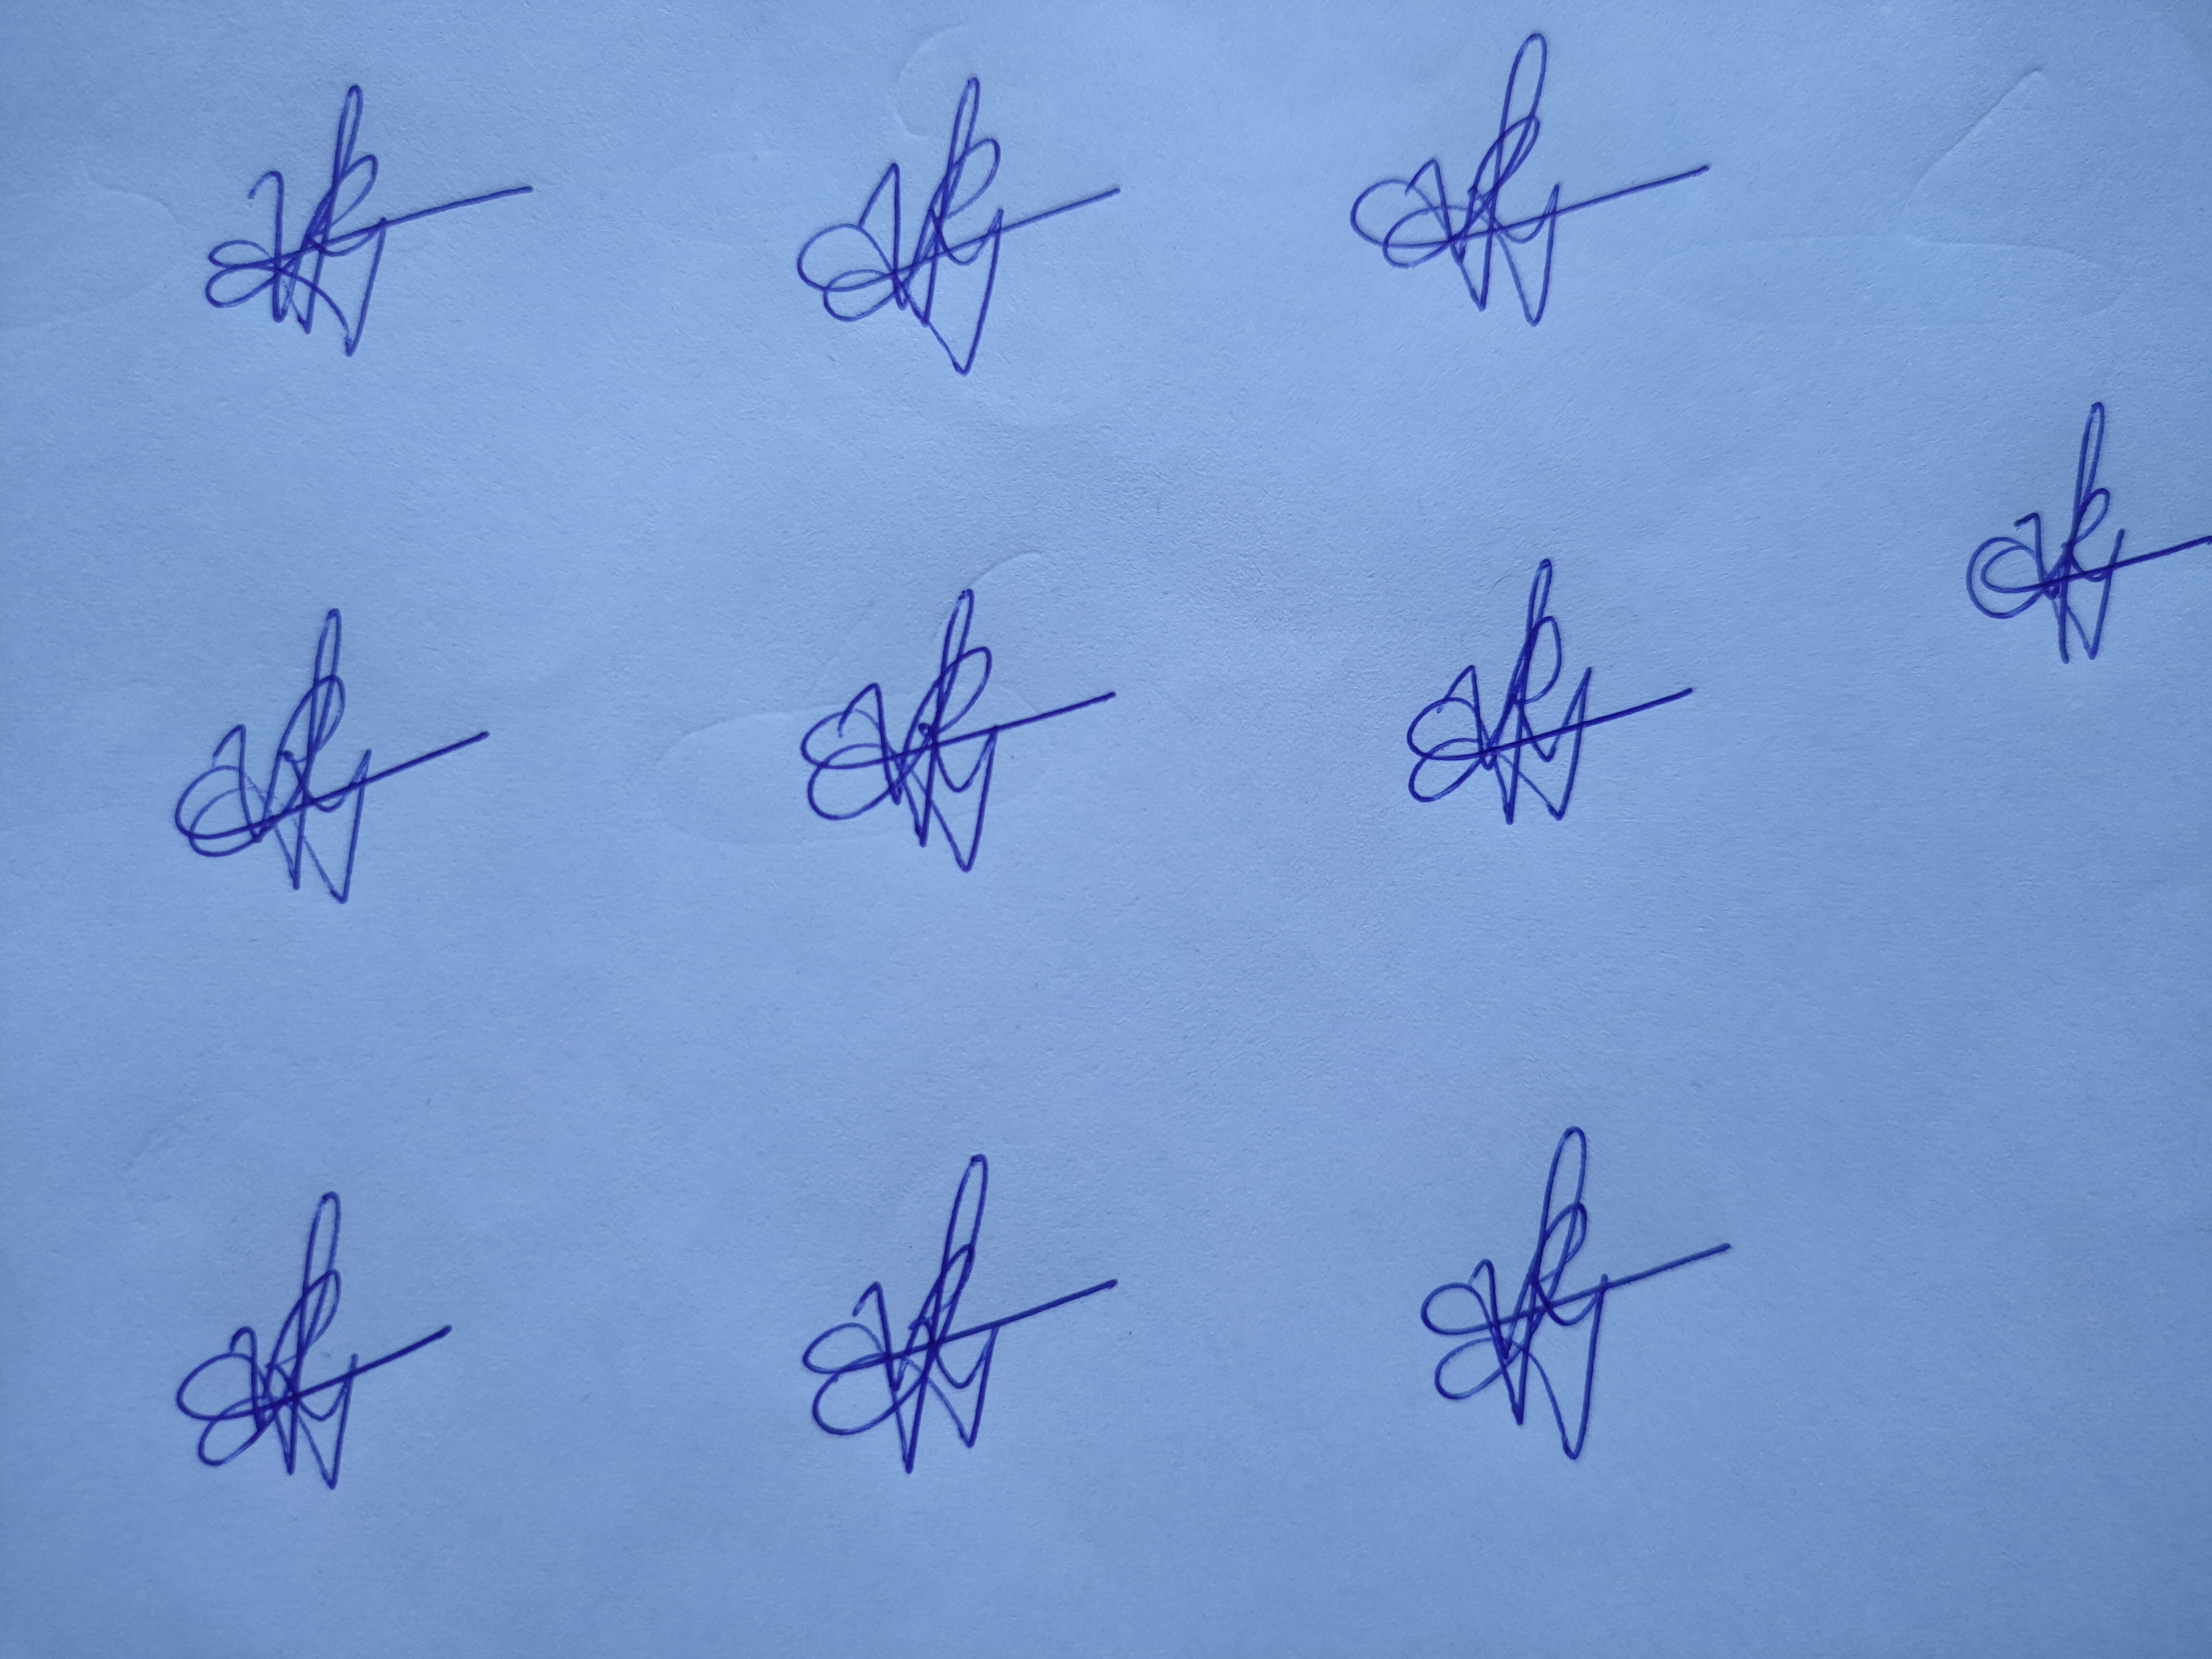
Signature authenticity: genuine